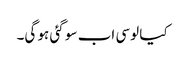
کیا لوسی اب سو گئی ہو گی۔